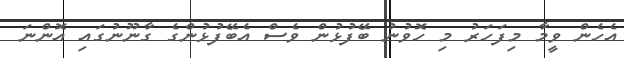
އެހެން ވީމާ މިފަހަރު މި ހޮވުނު ބޭފުޅުން ވެސް އެބޭފުޅުންގެ ގާނޫނުގައި އޮންނަ